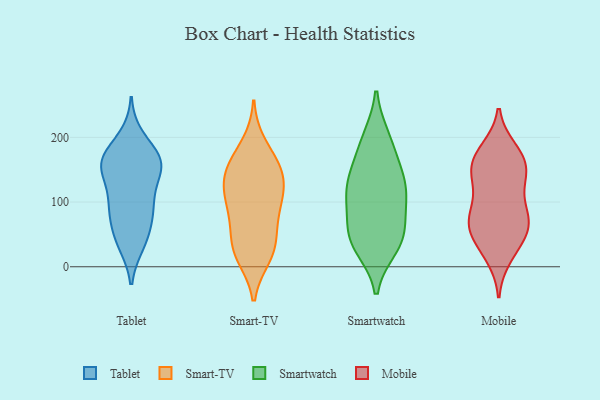
{"axis": {"x": "Customer Acquisition Cost (USD)", "y": "Value"}, "legend": ["Mobile", "Smart-TV", "Smartwatch", "Tablet"], "data": [{"x": "", "y": 43, "type": "Tablet"}, {"x": "", "y": 91, "type": "Tablet"}, {"x": "", "y": 106, "type": "Tablet"}, {"x": "", "y": 96, "type": "Tablet"}, {"x": "", "y": 161, "type": "Tablet"}, {"x": "", "y": 179, "type": "Tablet"}, {"x": "", "y": 36, "type": "Tablet"}, {"x": "", "y": 140, "type": "Tablet"}, {"x": "", "y": 161, "type": "Tablet"}, {"x": "", "y": 89, "type": "Tablet"}, {"x": "", "y": 155, "type": "Tablet"}, {"x": "", "y": 42, "type": "Tablet"}, {"x": "", "y": 159, "type": "Tablet"}, {"x": "", "y": 73, "type": "Tablet"}, {"x": "", "y": 160, "type": "Tablet"}, {"x": "", "y": 200, "type": "Tablet"}, {"x": "", "y": 158, "type": "Tablet"}, {"x": "", "y": 33, "type": "Smart-TV"}, {"x": "", "y": 148, "type": "Smart-TV"}, {"x": "", "y": 100, "type": "Smart-TV"}, {"x": "", "y": 82, "type": "Smart-TV"}, {"x": "", "y": 189, "type": "Smart-TV"}, {"x": "", "y": 28, "type": "Smart-TV"}, {"x": "", "y": 152, "type": "Smart-TV"}, {"x": "", "y": 53, "type": "Smart-TV"}, {"x": "", "y": 137, "type": "Smart-TV"}, {"x": "", "y": 16, "type": "Smart-TV"}, {"x": "", "y": 140, "type": "Smart-TV"}, {"x": "", "y": 19, "type": "Smart-TV"}, {"x": "", "y": 85, "type": "Smart-TV"}, {"x": "", "y": 110, "type": "Smart-TV"}, {"x": "", "y": 167, "type": "Smart-TV"}, {"x": "", "y": 119, "type": "Smart-TV"}, {"x": "", "y": 114, "type": "Smartwatch"}, {"x": "", "y": 115, "type": "Smartwatch"}, {"x": "", "y": 52, "type": "Smartwatch"}, {"x": "", "y": 31, "type": "Smartwatch"}, {"x": "", "y": 111, "type": "Smartwatch"}, {"x": "", "y": 149, "type": "Smartwatch"}, {"x": "", "y": 108, "type": "Smartwatch"}, {"x": "", "y": 198, "type": "Smartwatch"}, {"x": "", "y": 151, "type": "Smartwatch"}, {"x": "", "y": 46, "type": "Smartwatch"}, {"x": "", "y": 36, "type": "Smartwatch"}, {"x": "", "y": 58, "type": "Smartwatch"}, {"x": "", "y": 193, "type": "Smartwatch"}, {"x": "", "y": 77, "type": "Mobile"}, {"x": "", "y": 48, "type": "Mobile"}, {"x": "", "y": 58, "type": "Mobile"}, {"x": "", "y": 152, "type": "Mobile"}, {"x": "", "y": 78, "type": "Mobile"}, {"x": "", "y": 71, "type": "Mobile"}, {"x": "", "y": 179, "type": "Mobile"}, {"x": "", "y": 74, "type": "Mobile"}, {"x": "", "y": 122, "type": "Mobile"}, {"x": "", "y": 181, "type": "Mobile"}, {"x": "", "y": 155, "type": "Mobile"}, {"x": "", "y": 126, "type": "Mobile"}, {"x": "", "y": 46, "type": "Mobile"}, {"x": "", "y": 83, "type": "Mobile"}, {"x": "", "y": 164, "type": "Mobile"}, {"x": "", "y": 25, "type": "Mobile"}, {"x": "", "y": 16, "type": "Mobile"}, {"x": "", "y": 160, "type": "Mobile"}, {"x": "", "y": 139, "type": "Mobile"}]}